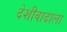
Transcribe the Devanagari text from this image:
देशीवादाला